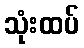
သုံးထပ်